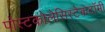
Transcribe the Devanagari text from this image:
पोस्टकोलेसिस्टेकटॉमी